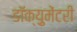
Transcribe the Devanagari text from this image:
डॉक्य़ुमेंटरी